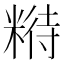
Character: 𱹑